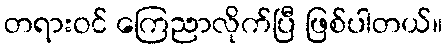
တရားဝင် ကြေညာလိုက်ပြီ ဖြစ်ပါတယ်။